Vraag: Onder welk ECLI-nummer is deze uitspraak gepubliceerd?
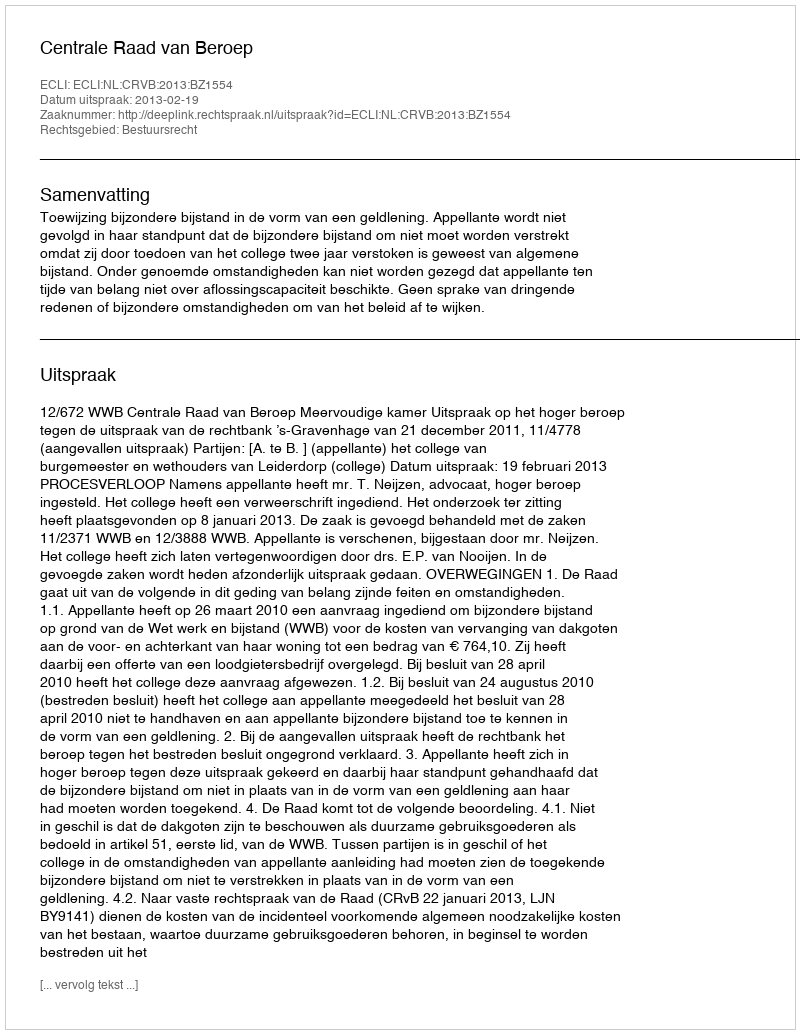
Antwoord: ECLI:NL:CRVB:2013:BZ1554